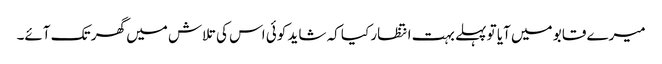
میرے قابو میں آیا تو پہلے بہت انتظار کیا کہ شاید کوئی اس کی تلاش میں گھر تک آئے۔